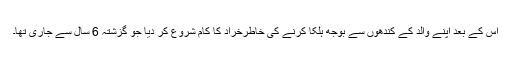
اس کے بعد اپنے والد کے کندھوں سے بوجھ ہلکا کرنے کی خاطرخراد کا کام شروع کر دیا جو گزشتہ 6 سال سے جاری تھا۔